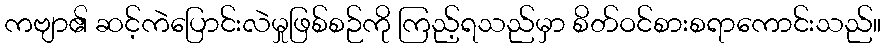
ကဗျာ၏ ဆင့်ကဲပြောင်းလဲမှုဖြစ်စဉ်ကို ကြည့်ရသည်မှာ စိတ်ဝင်စားစရာကောင်းသည်။